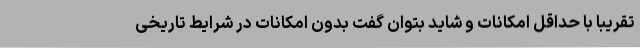
تقریبا با حداقل امکانات و شاید بتوان گفت بدون امکانات در شرایط تاریخی